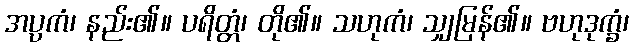
အပ္ပကံ၊ နည်း၏။ ပရိတ္တံ၊ တို၏။ သဟုကံ၊ သျှမြန်၏။ ဗဟုဒုက္ခံ၊